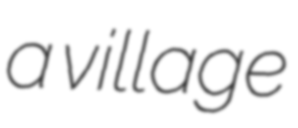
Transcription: a village